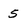
Character: 5